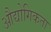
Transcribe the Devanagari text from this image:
औद्योगिकता